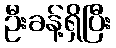
ဦးခန့်ရှိပြီး